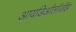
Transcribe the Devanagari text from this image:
आयडिओलॉजीझ